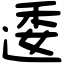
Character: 逶